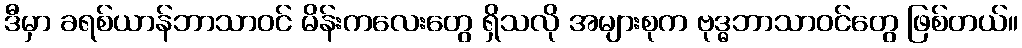
ဒီမှာ ခရစ်ယာန်ဘာသာဝင် မိန်းကလေးတွေ ရှိသလို အများစုက ဗုဒ္ဓဘာသာဝင်တွေ ဖြစ်တယ်။